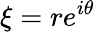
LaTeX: \xi=re^{i\theta}